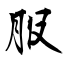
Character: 服